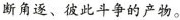
断角逐、彼此斗争的产物。